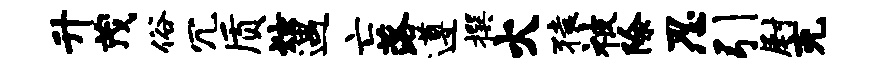
升茂俗冗质炫遇亡落遵撰火猿被除忍引尉充